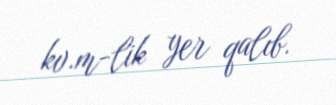
kv.m-lik yer qalıb.